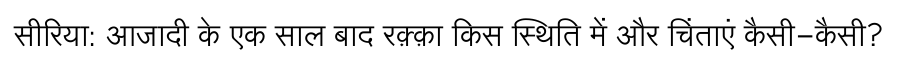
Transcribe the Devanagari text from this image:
सीरिया: आजादी के एक साल बाद रक़्क़ा किस स्थिति में और चिंताएं कैसी-कैसी?